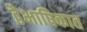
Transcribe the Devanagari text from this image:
द्वैभाषिकात